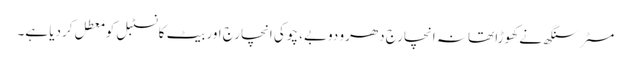
مسٹر سنگھ نے کھوڑا تھانہ انچارج دھرو دوبے، چوکی انچارج اور بیٹ کانسٹبل کو معطل کردیا ہے۔